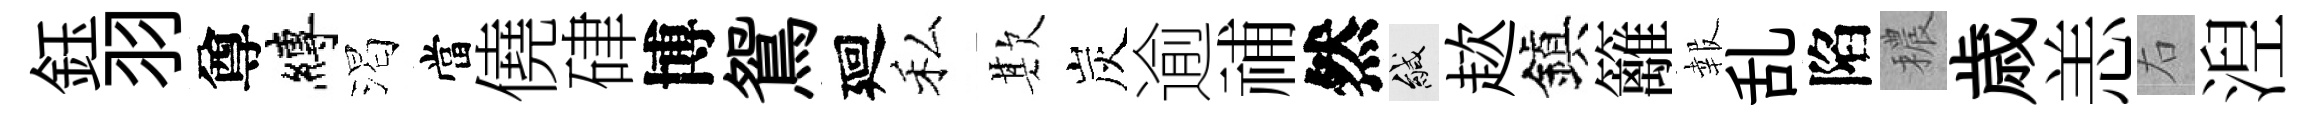
鈺羽尊縛渴當僥硉博鴛廻私欺炭逾𥙷然緘趑鎭籬報乱陷穠歳恙右湼